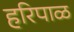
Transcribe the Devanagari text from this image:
हरिपाळ